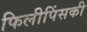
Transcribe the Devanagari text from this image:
फिलीपिंसकी